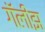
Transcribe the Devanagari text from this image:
गॅलीझ